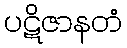
ပဋိဇာနတံ